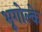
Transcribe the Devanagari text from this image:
भूगोल्के